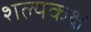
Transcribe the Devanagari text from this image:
शल्यकक्ष